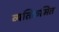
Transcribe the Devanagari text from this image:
व्यतिक्रमित